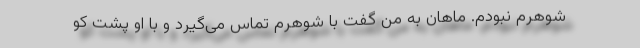
شوهرم نبودم. ماهان به من گفت با شوهرم تماس می‌گیرد و با او پشت کو